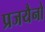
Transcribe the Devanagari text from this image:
प्रजयैनो